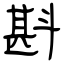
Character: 斟